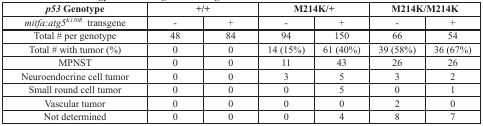
| p53 Genotype | <COLSPAN=2> +/+ | <COLSPAN=2> M214K/+ | <COLSPAN=2> M214K/M214K |
 | --- | --- | --- | --- | --- | --- | --- |
 | mitfa:atg5K130R transgene | - | + | - | + | - | + |
 | Total # per genotype | 48 | 84 | 94 | 150 | 66 | 54 |
 | Total # with tumor (%) | 0 | 0 | 14 (15%) | 61 (40%) | 39 (58%) | 36 (67%) |
 | MPNST | 0 | 0 | 11 | 43 | 26 | 26 |
 | Neuroendocrine cell tumor | 0 | 0 | 3 | 5 | 3 | 2 |
 | Small round cell tumor | 0 | 0 | 0 | 5 | 0 | 1 |
 | Vascular tumor | 0 | 0 | 0 | 0 | 2 | 0 |
 | Not determined | 0 | 0 | 0 | 4 | 8 | 7 |